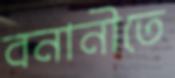
বনানীতে